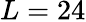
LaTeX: L=24